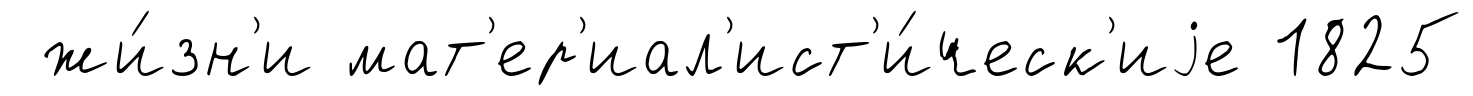
жи́зн'и мат'ер'иал'ист'и́ческ'иjе 1825